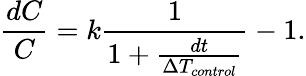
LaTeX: \frac{dC}{C}=k\frac{1}{1+\frac{dt}{\Delta T_{control}}}-1.